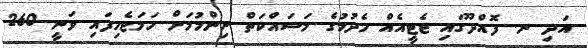
އަދި ނ. ފޮއްދޫގައި ޖެޓީއެއް ހެދުމުގެ މަސައްކަތް ނިންމުމަށް ހަމަޖެހިފައި ވަނީ 260